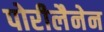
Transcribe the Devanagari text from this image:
पोरीलैनेन